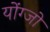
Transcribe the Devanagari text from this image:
योंग्जो